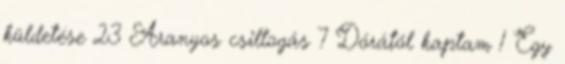
küldetése 23 Aranyos csillogás 7 Dórától kaptam 1 Egy